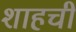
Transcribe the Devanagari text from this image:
शाहची